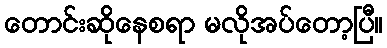
တောင်းဆိုနေစရာ မလိုအပ်တော့ပြီ။